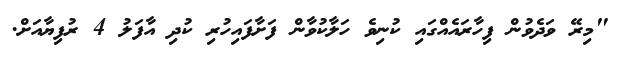
"މިރޭ ވަދެވުން ފިހާރައެއްގައި ކުނިވެ ހަލާކުވާން ފަށާފައިހުރި ކުދި އާފަލު 4 ރުފިޔާއަށް.